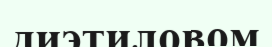
диэтиловом